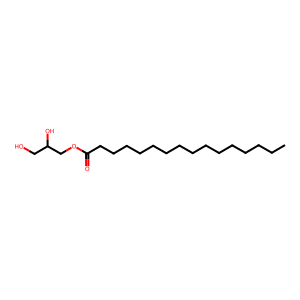
SMILES: CCCCCCCCCCCCCCCC(=O)OCC(O)CO
Inhibits HIV replication: No